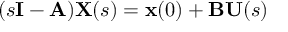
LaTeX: ( s \mathbf { I } - \mathbf { A } ) \mathbf { X } ( s ) = \mathbf { x } ( 0 ) + \mathbf { B } \mathbf { U } ( s )